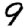
Digit: 9